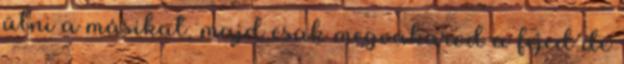
ütni a másikat, majd csak megvakarod a fejed de